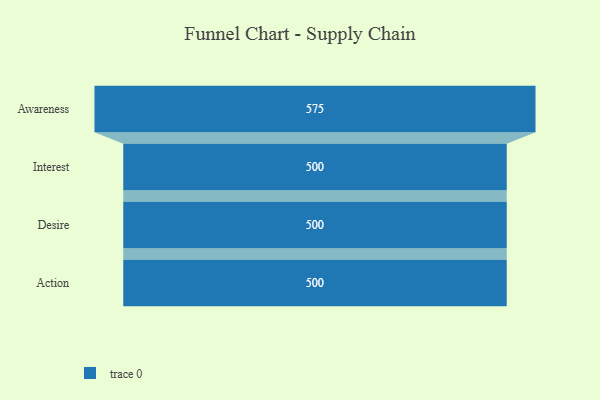
{"axis": {"x": "Stage", "y": "Value"}, "legend": [""], "data": [{"x": "Awareness", "y": 575.0, "type": ""}, {"x": "Interest", "y": 500, "type": ""}, {"x": "Desire", "y": 500, "type": ""}, {"x": "Action", "y": 500, "type": ""}]}